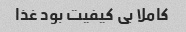
کاملا بی کیفیت بود غذا